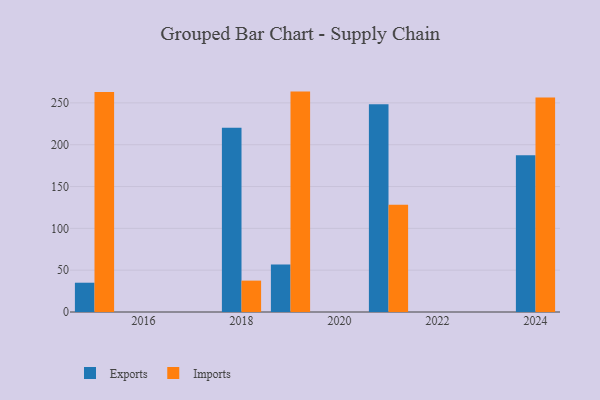
{"axis": {"x": "Year", "y": "Temperature (°C)"}, "legend": ["Exports", "Imports"], "data": [{"x": "2015", "y": 35.0, "type": "Exports"}, {"x": "2015", "y": 263.1, "type": "Imports"}, {"x": "2018", "y": 220.3, "type": "Exports"}, {"x": "2018", "y": 37.5, "type": "Imports"}, {"x": "2021", "y": 248.3, "type": "Exports"}, {"x": "2021", "y": 128.2, "type": "Imports"}, {"x": "2024", "y": 187.4, "type": "Exports"}, {"x": "2024", "y": 256.3, "type": "Imports"}, {"x": "2019", "y": 56.7, "type": "Exports"}, {"x": "2019", "y": 263.5, "type": "Imports"}]}